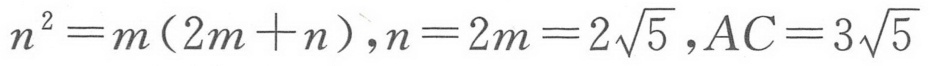
\(n^{2}=m(2m + n)\)，\(n = 2m=2\sqrt{5}\)，\(AC = 3\sqrt{5}\)